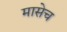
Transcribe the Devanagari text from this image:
मासेच